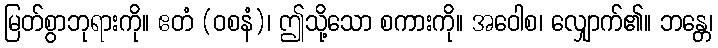
မြတ်စွာဘုရားကို။ ဧတံ (ဝစနံ)၊ ဤသို့သော စကားကို။ အဝေါစ၊ လျှောက်၏။ ဘန္တေ၊